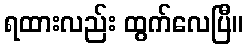
ရထားလည်း ထွက်လေပြီ။